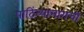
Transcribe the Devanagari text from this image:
पाठिंब्यामागची